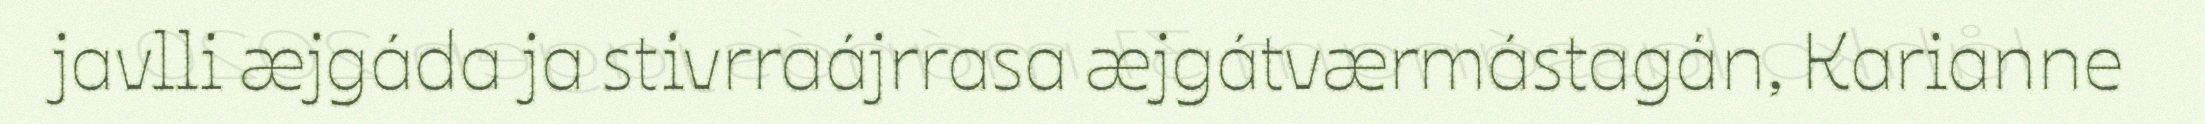
javlli æjgáda ja stivrraájrrasa æjgátværmástagán, Karianne